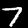
Digit: 7